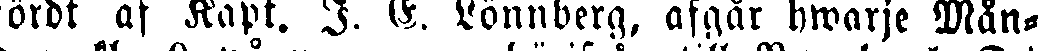
ördt af Kapt. I. E. Lönnberg, afgår hwarje Mån-